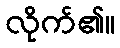
လိုက်၏။